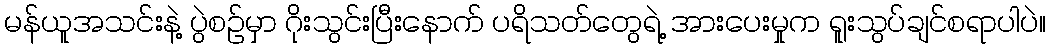
မန်ယူအသင်းနဲ့ ပွဲစဉ်မှာ ဂိုးသွင်းပြီးနောက် ပရိသတ်တွေရဲ့ အားပေးမှုက ရူးသွပ်ချင်စရာပါပဲ။